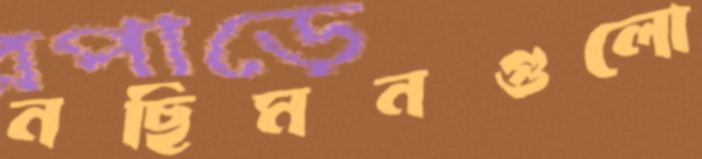
নছিমনগুলো